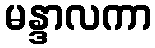
မန္ဒာလကာ